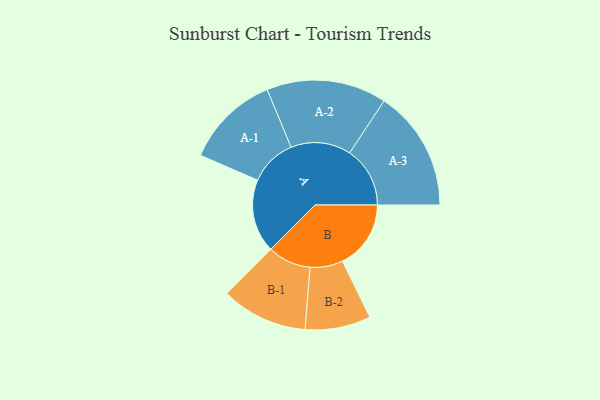
{"axis": {"x": "Segment", "y": "Value"}, "legend": ["", "A", "B"], "data": [{"x": "A", "y": 358, "type": ""}, {"x": "B", "y": 334, "type": ""}, {"x": "A-1", "y": 230, "type": "A"}, {"x": "A-2", "y": 293, "type": "A"}, {"x": "A-3", "y": 295, "type": "A"}, {"x": "B-1", "y": 211, "type": "B"}, {"x": "B-2", "y": 160, "type": "B"}]}